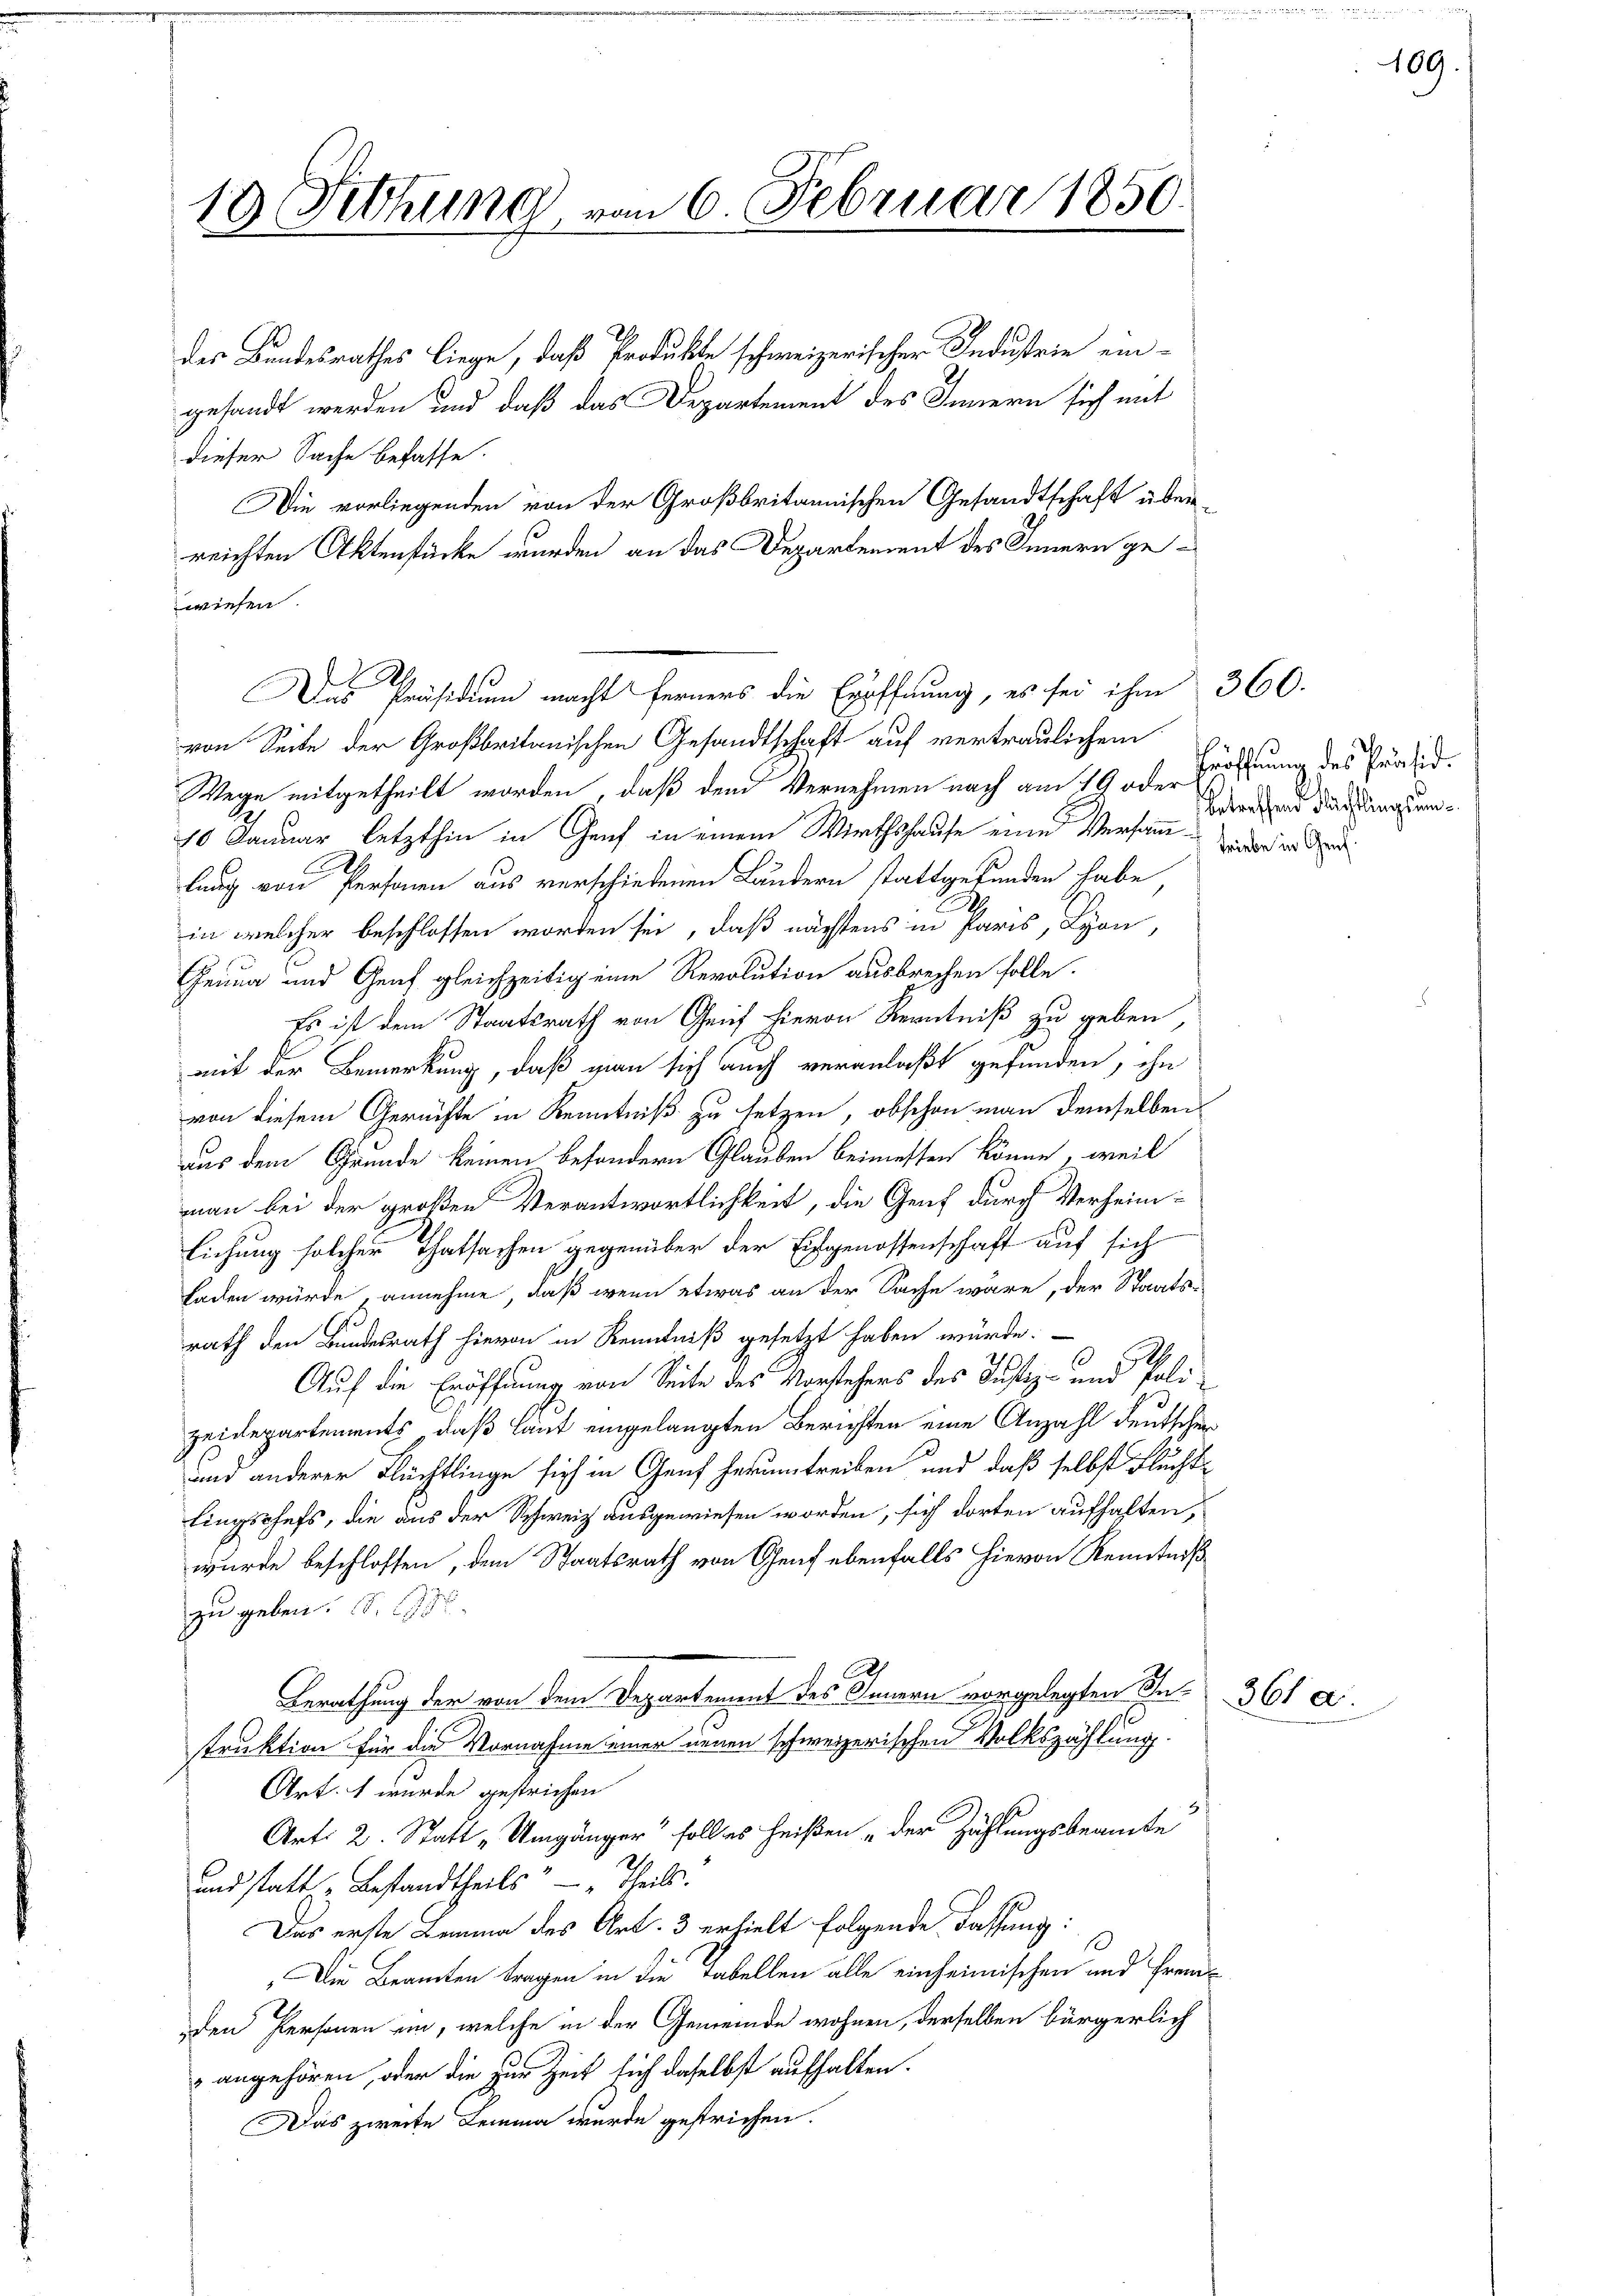
18 Fettung von 6. Februar 1850.
e

dieser Sache befasse.
wiesen.

des Bundesrathes liege, daß Produkte schweizerischer Industrie eingesandt werden und daß das Departement des Innern sich mit
Die vorliegenden von der Großbritannischen Gesandtschaft überreichten Aktenstücke wurden an das Departement des Innern ge¬

Das Präsidium macht ferners die Eröffnung, es sei ihm 360.

von Seite der Großbritanischen Gesandtschaft auf vertraulichem
Wege mitgetheilt worden, daß dem Vernehmen nach am 19 oder Eröffnung des Präsid.
10 Januar letzthin in Genf in einem Wirthshause eine Versammer er d
lung von Personen aus verschiedenen Ländern stattgefunden habe
in welcher beschlossen worden sei, daß nächstens in Paris, Lyon,
Genua und Genf gleichzeitig eine Revolution ausbrechen solle.
Es ist dem Staatsrath von Geif hievon Kenntniß zu geben,
mit der Bemerkung, daß man sich auch veranlaßt gefunden, ihn
von diesem Gerichte in Kenntniß zu setzen, obschon man demselben
aus dem Grunde keinen besondern Glauben beimessen könne, weil
mann bei der großen Verantwortlichkeit, die Genf durch Verheimlichung solcher Thatsachen gegenüber der Eidgenossenschaft auf sich
laden würde annehme, daß wenn etwas an der Sache wäre, der Staats-
rath den Bundesrath hievon in Kenntniß gesetzt haben würde.
6
Auf die Eröffnung von Seite des Vorstehers des Justiz- und Polizeidepartements, daß laut eingelangten Berichten eine Anzahl deutschen
und anderer Flüchtlinge sich in Genf herumtreiben und daß selbst Fluchte
lingschefs, die aus der Schweiz ausgewiesen worden, sich dorten aufhalten,
wurde beschlossen, dem Staatsrath von Genf ebenfalls hievon Kenntniß
zu geben. S. 1986.
Berathung der von dem Departement des Innern vorgelegten Se. 361 a
truktion für die Vornahme einer neuen schweizerischen Volkszählung
Art. 1 wurde gestrichen
.
Art: 2. Statt „Umgänger soll es heißen „der Zählungsbeamte
und statt „Bestandtheils " - " Theils.
Das erste Lemma des Art. 3 erhielt folgende Fassung:
Die Beamten tragen in die Tabellen alle einheimischen und Frem¬
,den Personen ein, welche in der Gemeinde wohnen, derselben bürgerlich
 angehören, oder die zur Zeit sich daselbst aufhalten.
Das zweite Lemma wurde gestrichen.

betreffend dächtlings um

189.